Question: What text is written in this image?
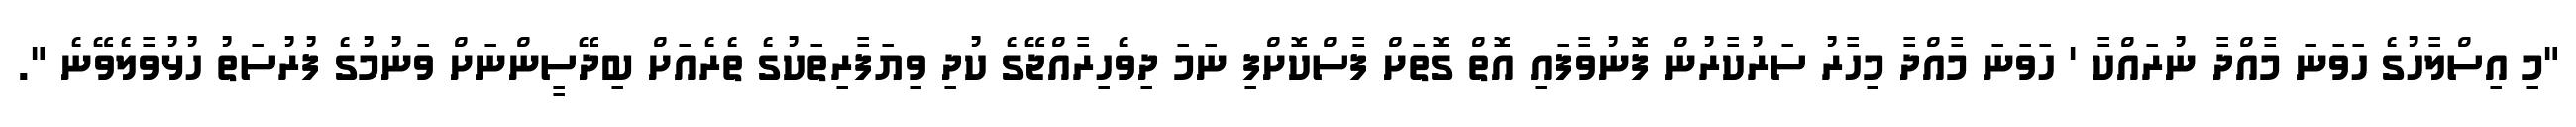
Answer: "މި އިސްލާހުގެ ހަވަނަ މާއްދާ ނުރައްކާ ' ހަވަނަ މާއްދާ މިހާރު ސަރުކާރުން ފޮނުވާފައި އޮތް ގޮތަށް ފާސްކޮށްފި ނަމަ ދިވެހިރާއްޖޭގެ ކުދި ވިޔަފާރިތަކުގެ ތެރެއަށް ބިދޭސީންނަށް ވަނުމުގެ ފުރުސަތު ހުޅުވާލެވޭނެ ".